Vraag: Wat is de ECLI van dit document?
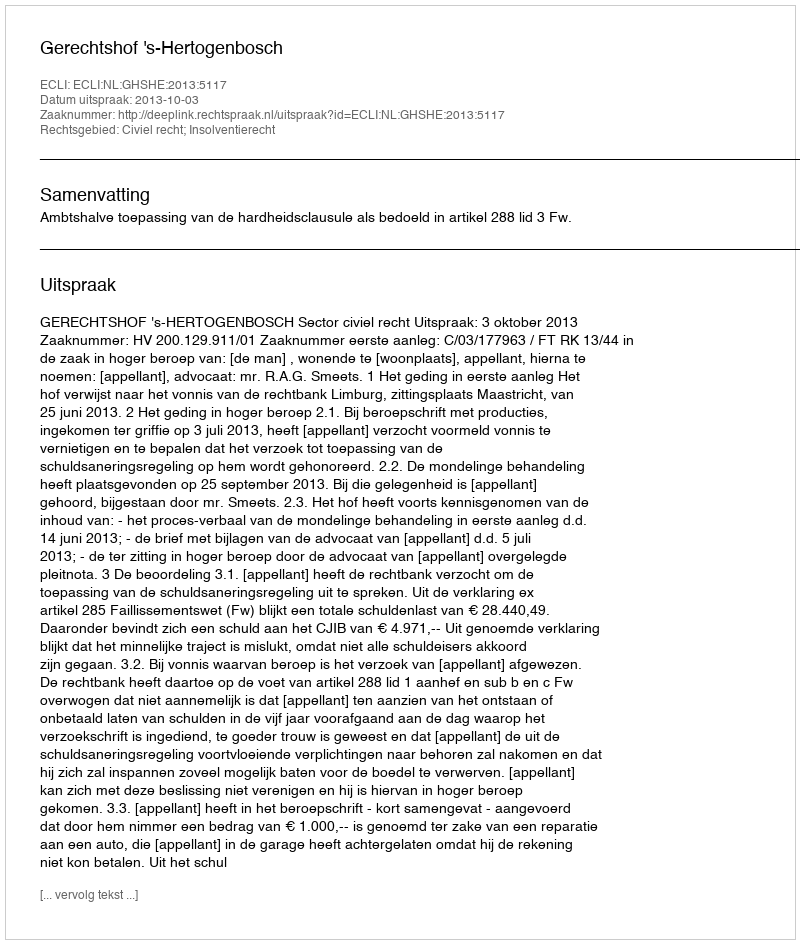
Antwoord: ECLI:NL:GHSHE:2013:5117